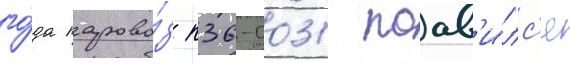
го́да парово́з п36-0031 поав'и́лс'я